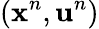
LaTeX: (\mathbf{x}^{n},\mathbf{u}^{n})